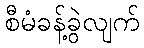
စီမံခန့်ခွဲလျက်